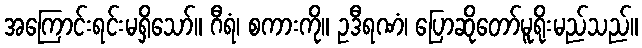
အကြောင်းရင်းမရှိသော်။ ဂီရံ၊ စကားကို။ ဥဒီရဏံ၊ ပြောဆိုတော်မူရိုးမည်သည်။